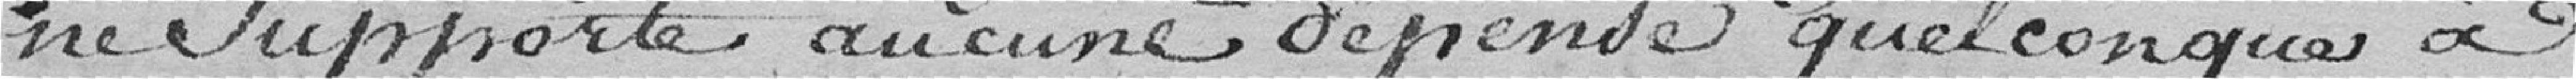
ne Supporte aucune dépense quelconque à